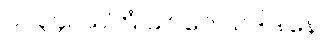
၁၁၃၄။ သတြံ ယာဂေ သဒါဒါနေ၊